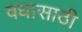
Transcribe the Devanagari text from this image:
वधासाठी